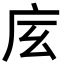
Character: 𢇨